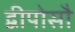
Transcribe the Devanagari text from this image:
द्वीपोसौ